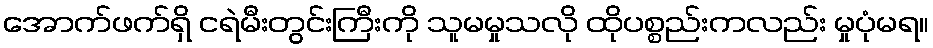
အောက်ဖက်ရှိ ငရဲမီးတွင်းကြီးကို သူမမှုသလို ထိုပစ္စည်းကလည်း မှုပုံမရ။